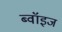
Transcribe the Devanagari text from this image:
ब्वॉइज